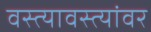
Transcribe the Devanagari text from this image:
वस्त्यावस्त्यांवर